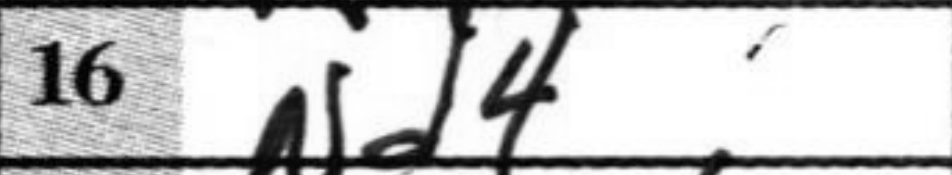
Transcription: Nd4